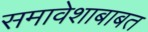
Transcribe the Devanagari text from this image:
समावेशाबाबत